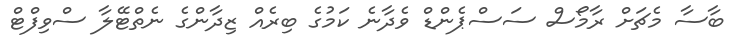
ބާސާ މެޗަށް ރާމޯސް ސަސްޕެންޑް ވެދާނެ ކަމުގެ ބިރެއް ޒިދާންގެ ނެތްޓޭލާ ސްވިފްޓް